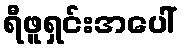
ရီဖူရှင်းအပေါ်